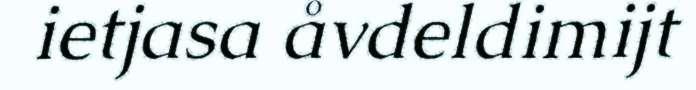
ietjasa åvdeldimijt